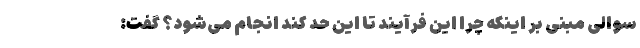
سوالی مبنی بر اینکه چرا این فرآیند تا این حد کند انجام می‌شود؟ گفت: